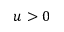
u > 0